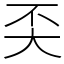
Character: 奀